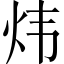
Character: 炜